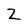
Character: Z